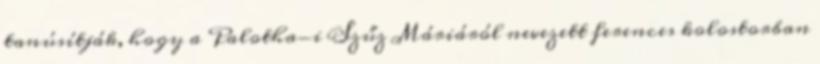
tanúsítják, hogy a Palotha-i Szűz Máriáról nevezett ferences kolostorban